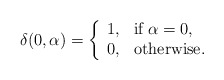
\begin{align*}\delta(0, \alpha)=\left\{\begin{array}{ll}1, & \mbox{if} \; \alpha=0,\\0, & \mbox{otherwise}. \end{array}\right.\end{align*}